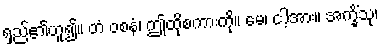
ရှည်၏ဟူ၍။ တံ ဝစနံ၊ ဤထိုစကားကို။ မေ၊ ငါ့အား။ အက္ခိံသု၊